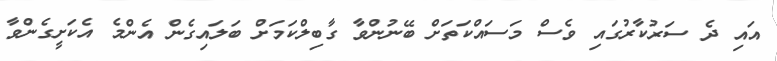
އައި ދެ ސަރުކާރުގައި ވެސް މަސައްކަތަށް ބޭނުންވާ ގާބިލްކަމަށް ބަލައިގެން އެންމެ އެކަށީގެންވާ